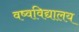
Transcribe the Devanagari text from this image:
वष्वविद्यालय